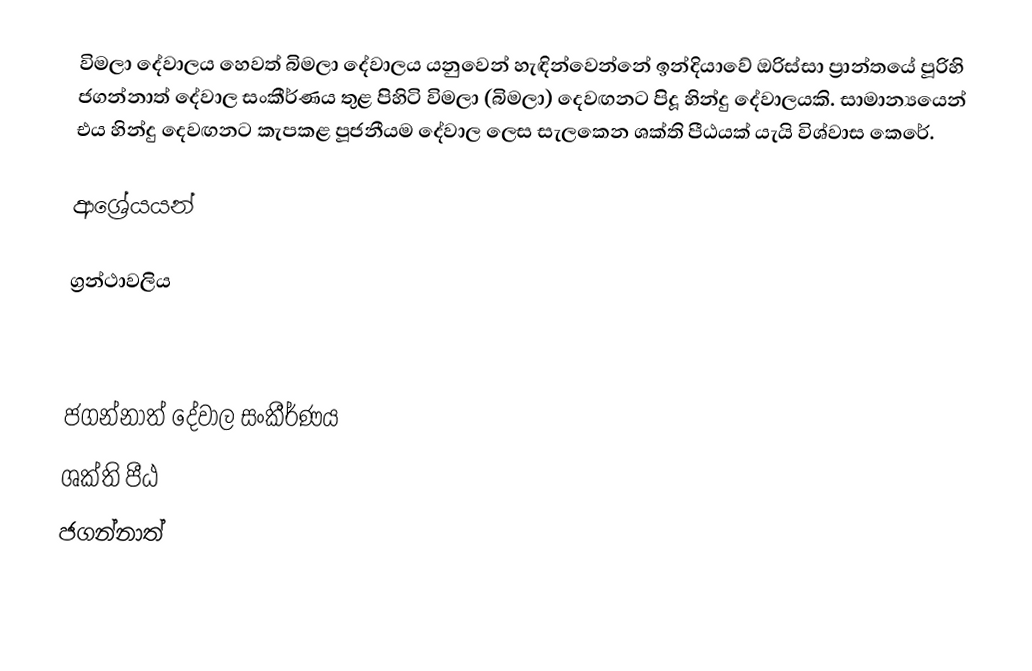
විමලා දේවාලය හෙවත් බිමලා දේවාලය යනුවෙන් හැඳින්වෙන්නේ ඉන්දියාවේ ඔරිස්සා ප්‍රාන්තයේ පූරිහි ජගන්නාත් දේවාල සංකීර්ණය තුළ පිහිටි විමලා (බිමලා) දෙවඟනට පිදූ හින්දු දේවාලයකි. සාමාන්‍යයෙන් එය හින්දු දෙවඟනට කැපකළ පූජනීයම දේවාල ලෙස සැලකෙන ශක්ති පීඨයක් යැයි විශ්වාස කෙරේ.

ආශ්‍රේයයන්

ග්‍රන්ථාවලිය

ජගන්නාත් දේවාල සංකීර්ණය
ශක්ති පීඨ
ජගන්නාත්